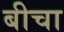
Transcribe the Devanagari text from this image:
बीचा